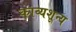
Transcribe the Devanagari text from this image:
काव्यशून्य